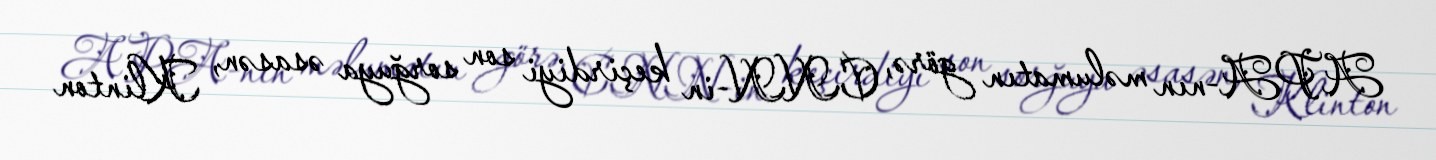
APA-nın məlumatın görə, CNN-in keçirdiyi son sorğuya əsasən, Klinton